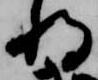
将